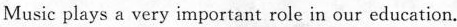
Music plays a very important role in our education.